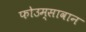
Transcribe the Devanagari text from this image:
फोउम्सावान